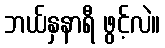
ဘယ်နှနာရီ ဖွင့်လဲ။